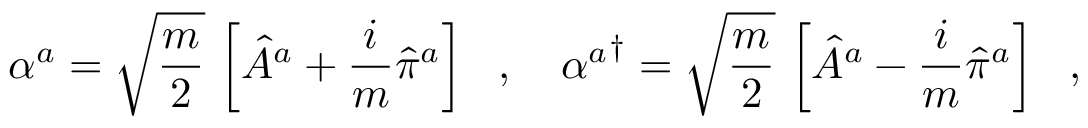
\alpha ^ { a } = \sqrt { \frac { m } { 2 } } \, \left[ \hat { A } ^ { a } + \frac { i } { m } \hat { \pi } ^ { a } \right] \ \ , \ \ \ { \alpha ^ { a } } ^ { \dagger } = \sqrt { \frac { m } { 2 } } \, \left[ \hat { A } ^ { a } - \frac { i } { m } \hat { \pi } ^ { a } \right] \ \ ,